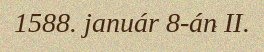
1588. január 8-án II.